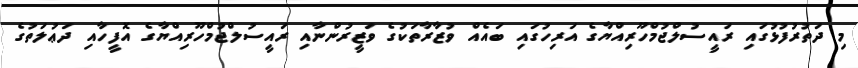
މި ދަތުރުފުޅުގައި ރައީސުލްޖުމްހޫރިއްޔާގެ އަރިހުގައި ބައެއް ވުޒާރާތަކުގެ ވަޒީރުންނާއި ރައީސުލްޖުމްހޫރިއްޔާގެ އޮފީހާއި ދަޢުލަތުގެ